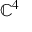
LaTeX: \mathbb { C } ^ { 4 }